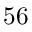
5 6